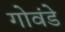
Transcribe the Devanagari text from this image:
गोवंडे